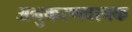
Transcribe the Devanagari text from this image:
अनुकरणवाचक